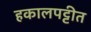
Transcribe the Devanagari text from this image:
हकालपट्टीत